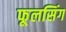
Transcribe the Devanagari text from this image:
फूलसिंग